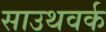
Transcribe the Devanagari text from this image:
साउथवर्क